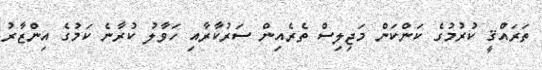
ތަރައްޤީ ކުރުމުގެ ކަންކަން މަޖިލިސް ތެރެއިން ސަރުކާރާއި ހަވާލު ކުރާނެ ކަމުގެ އިންޒާރު